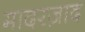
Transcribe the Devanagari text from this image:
मादरज़ाद